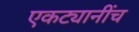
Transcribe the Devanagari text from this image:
एकट्यानींच